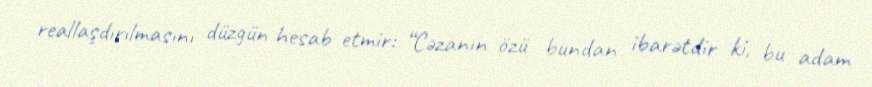
reallaşdırılmasını düzgün hesab etmir: “Cəzanın özü bundan ibarətdir ki, bu adam